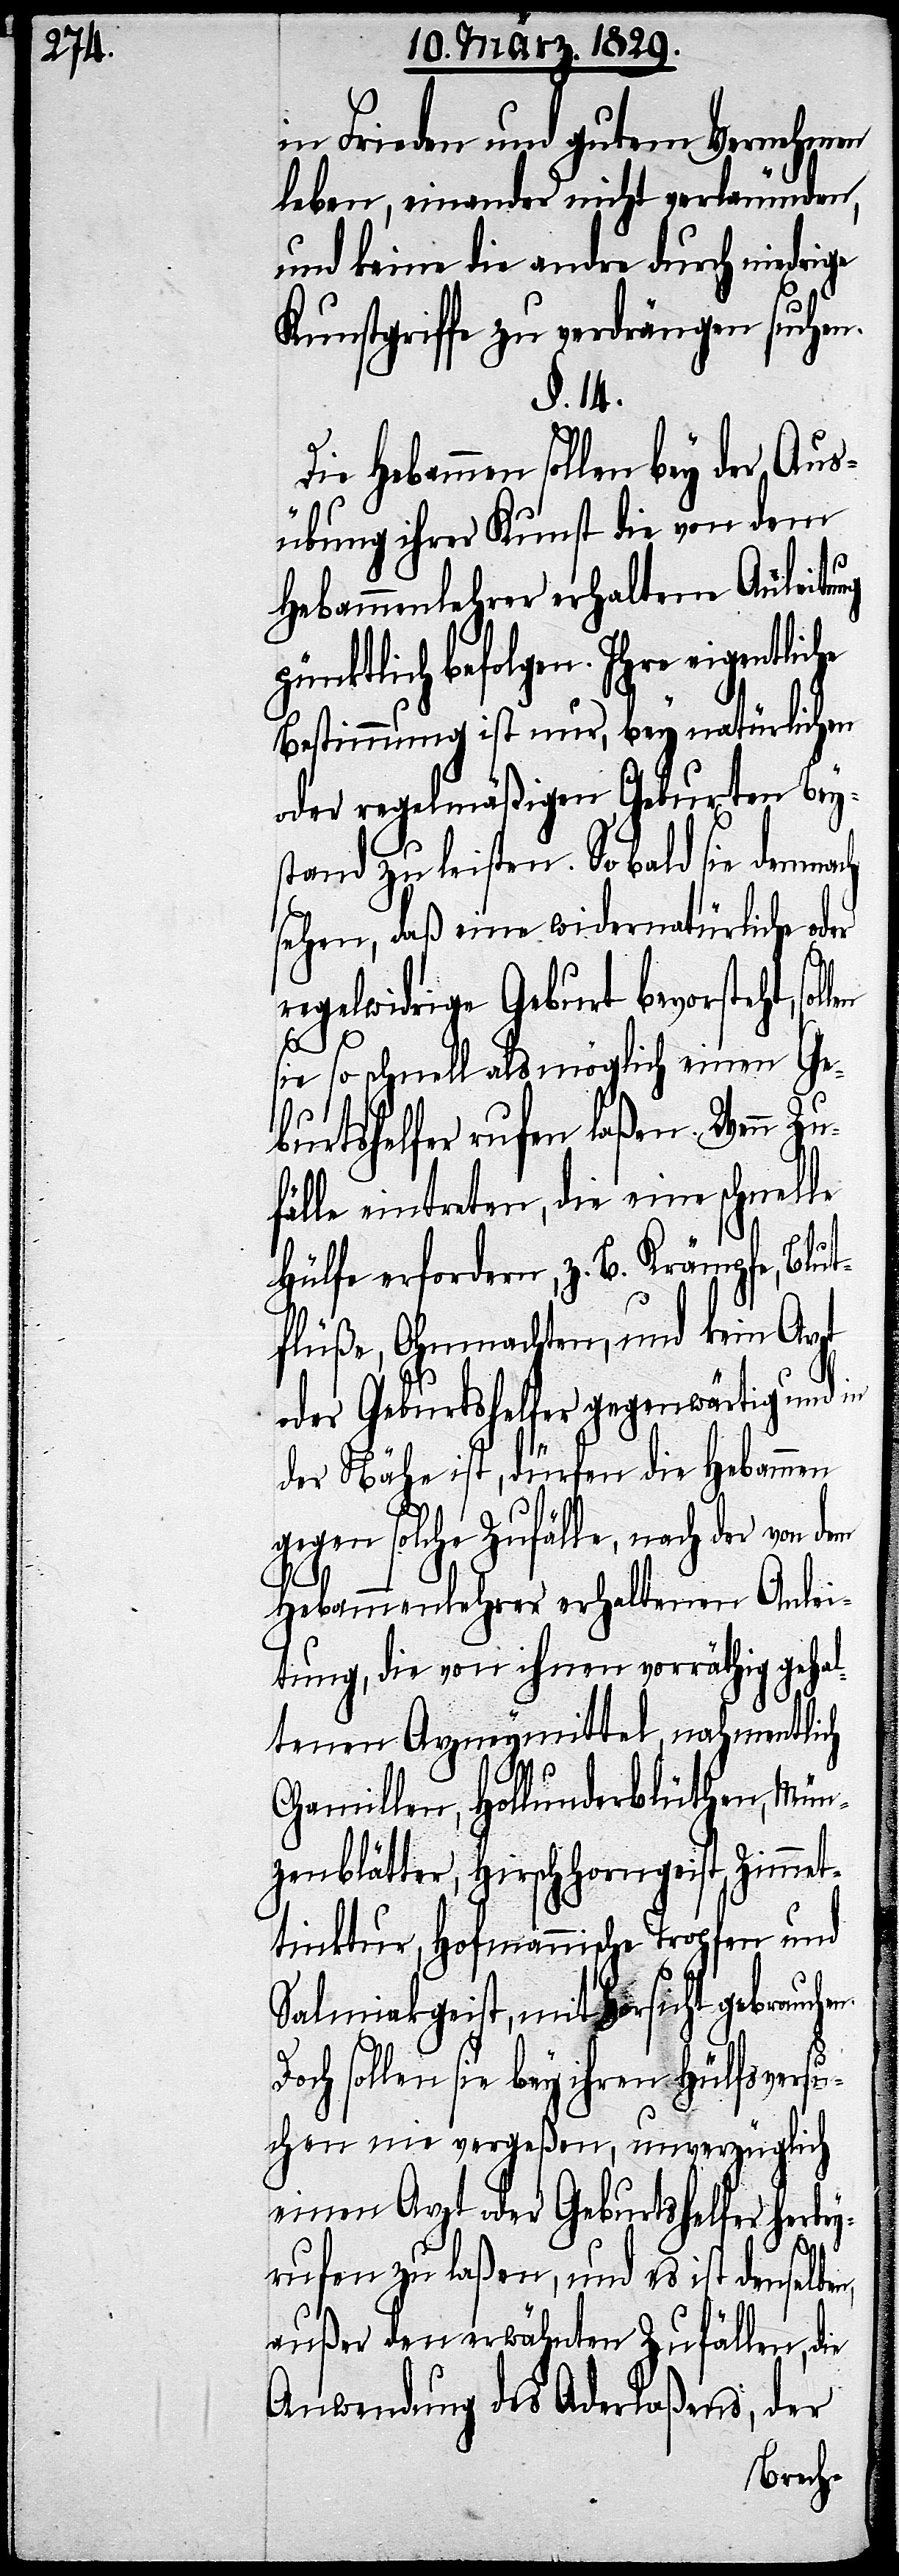
in Frieden und gutem Vernehmen
leben, einander nicht verleumden,
und keine die andre durch niedrige
Kunstgriffe zu verdrängen suchen.
§. 14.
Die Hebammen sollen bey der Aus¬
übung ihrer Kunst die von dem
Hebammenlehrer erhaltene Anleitung
pünktlich befolgen. Ihre eigentli¬
Bestimmung ist nur, bey natürlicher
oder regelmäßiger Geburten Bey¬
stand zu leisten. So bald sie demn¬
sehen, daß eine widernatürliche oder
regelwidrige Geburt bevorsteht, so¬
en.
sie so schnell als möglich einen Ge¬
burtshelfer rufen laßen. Wenn Zu¬
fälle eintreten, die eine schnelle
Hülfe erfordern, z. B. Krämpfe, Blut¬
flüße, Ohnmachten, und kein Arzt
oder Geburtshelfer gegenwärtig und in
der Nähe ist, dürfen die Hebammen
gegen solche Zufälle, nach der
Hebammenlehrer erhaltenen Anlei¬
tung, die von ihnen vorräthig gehal¬
tenen Arzneymittel, nahmentlich
Chamillen, Hollunderblüthen, Mün¬
zenblätter, Hirschhorngeist, Zimmet¬
tinktur, Hofmannische Tropfen und
Salmiakgeist, mit Vorsicht gebrauch¬
Doch sollen sie bey ihren Hülfsversu¬
chen nie vergeßen, unverzüglich
einen Arzt oder Geburtshelfer herbe¬
ach
yrufen zu laßen, und es ist denselben,
außer den erwähnten Zufällen, die
Anwendung des Aderlaßens, der